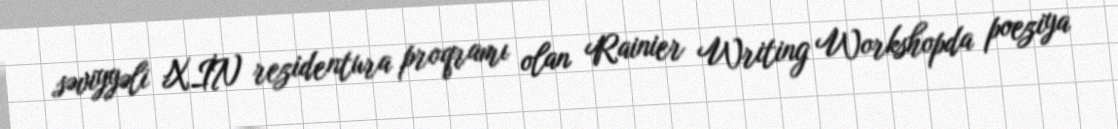
səviyyəli XİN rezidentura proqramı olan Rainier Writing Workshopda poeziya